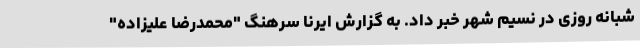
شبانه روزی در نسیم شهر خبر داد. به گزارش ایرنا سرهنگ "محمدرضا علیزاده"